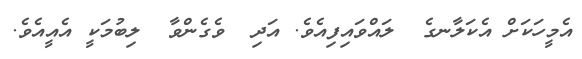
އެމީހަކަށް އެކަލާނގެ  ލައްވައިފިއެވެ. އަދި  ވެގެންވާ  ލިބުމަކީ އެއީއެވެ.